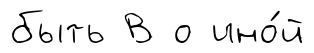
быть В о ино́й